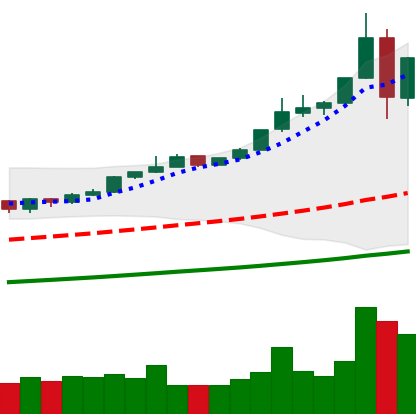
Ticker: BTC-USD
Chart end date: 2019-06-28
Forward return: -3.595%
Label: down_3_5